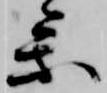
参